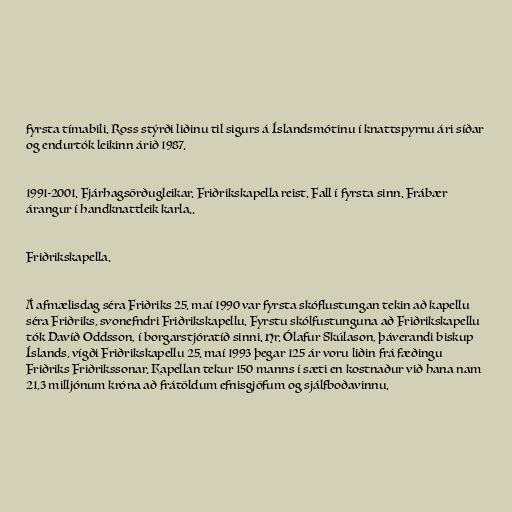
fyrsta tímabili. Ross stýrði liðinu til sigurs á Íslandsmótinu í knattspyrnu ári síðar
og endurtók leikinn árið 1987.

1991-2001. Fjárhagsörðugleikar. Friðrikskapella reist. Fall í fyrsta sinn. Frábær
árangur í handknattleik karla..

Friðrikskapella.

Á afmælisdag séra Friðriks 25. maí 1990 var fyrsta skóflustungan tekin að kapellu
séra Friðriks, svonefndri Friðrikskapellu. Fyrstu skólfustunguna að Friðrikskapellu
tók Davíð Oddsson, í borgarstjóratíð sinni. Hr. Ólafur Skúlason, þáverandi biskup
Íslands, vígði Friðrikskapellu 25. maí 1993 þegar 125 ár voru liðin frá fæðingu
Friðriks Friðrikssonar. Kapellan tekur 150 manns í sæti en kostnaður við hana nam
21,3 milljónum króna að frátöldum efnisgjöfum og sjálfboðavinnu.